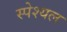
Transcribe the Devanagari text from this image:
स्पेश्यल